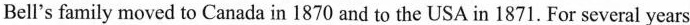
Bell's family moved to Canada in 1870 and to the USA in 1871. For several years